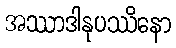
အဿာဒါနုပဿိနော